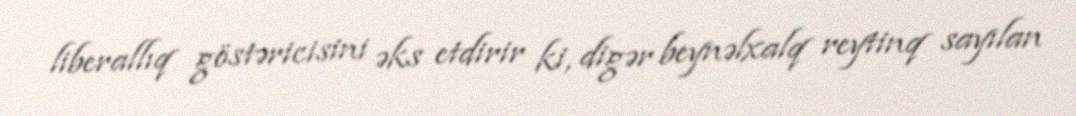
liberallıq göstəricisini əks etdirir ki, digər beynəlxalq reytinq sayılan